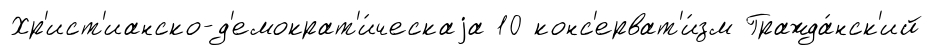
Хр'ист'ианско-д'емократ'и́ческаjа 10 конс'ерват'и́зм Гражда́нск'ий